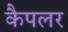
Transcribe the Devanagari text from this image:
कैपलर